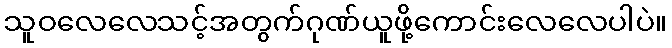
သူဝလေလေသင့်အတွက်ဂုဏ်ယူဖို့ကောင်းလေလေပါပဲ။